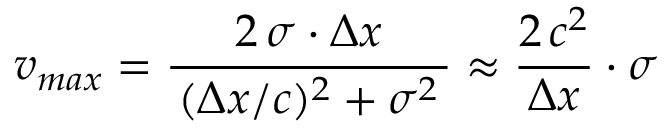
v _ { m a x } = \frac { 2 \, \sigma \cdot \Delta x } { \, ( \Delta x / c ) ^ { 2 } + \sigma ^ { 2 } \, } \approx \frac { 2 \, c ^ { 2 } } { \Delta x } \cdot \sigma